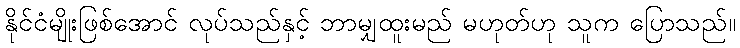
နိုင်ငံမျိုးဖြစ်အောင် လုပ်သည်နှင့် ဘာမျှထူးမည် မဟုတ်ဟု သူက ပြောသည်။